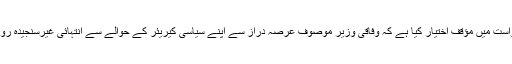
اسلم خاکی ایڈووکیٹ نے درخواست میں مؤقف اختیار کیا ہے کہ وفاقی وزیر موصوف عرصہ دراز سے اپنے سیاسی کیریئر کے حوالے سے انتہائی غیرسنجیدہ رویہ کا مظاہرہ کرتے رہے ہیں۔